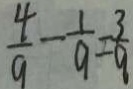
\frac { 4 } { 9 } - \frac { 1 } { 9 } = \frac { 3 } { 9 }